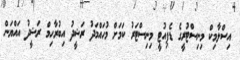
އިސްލާމިކް މިނިސްޓުރީގެ ޑެޕިއުޓީ މިނިސްޓަރު ކަމަށް މުހައްމަދު ރަޝީދު އިބުރާހިމް ރަޝީދު އައްޔަން